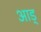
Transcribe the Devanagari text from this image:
आड्